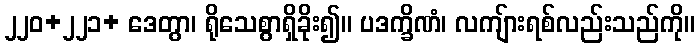
၂၂၀+၂၂၁+ ဒေတွာ၊ ရိုသေစွာရှိခိုး၍။ ပဒက္ခိဏံ၊ လကျ်ားရစ်လည်းသည်ကို။